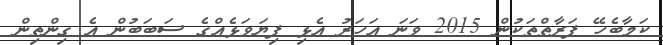
ކަމާބެހޭ ފަރާތްތަކުން 2015 ވަނަ އަހަރު އެޅި ފިޔަވަޅެއްގެ ސަބަބުން އެ ގިންތިން